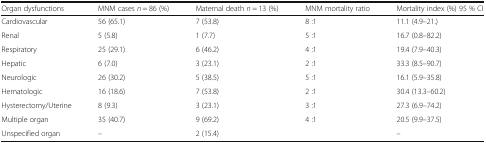
| Organ dysfunctions | MNM cases n = 86 (%) | Maternal death n = 13 (%) | MNM mortality ratio | Mortality index (%) 95 % CI |
 | --- | --- | --- | --- | --- |
 | Cardiovascular | 56 (65.1) | 7 (53.8) | 8 :1 | 11.1 (4.9–21.) |
 | Renal | 5 (5.8) | 1 (7.7) | 5 :1 | 16.7 (0.8–82.2) |
 | Respiratory | 25 (29.1) | 6 (46.2) | 4 :1 | 19.4 (7.9–40.3) |
 | Hepatic | 6 (7.0) | 3 (23.1) | 2 :1 | 33.3 (8.5–90.7) |
 | Neurologic | 26 (30.2) | 5 (38.5) | 5 :1 | 16.1 (5.9–35.8) |
 | Hematologic | 16 (18.6) | 7 (53.8) | 2 :1 | 30.4 (13.3–60.2) |
 | Hysterectomy/Uterine | 8 (9.3) | 3 (23.1) | 3 :1 | 27.3 (6.9–74.2) |
 | Multiple organ | 35 (40.7) | 9 (69.2) | 4 :1 | 20.5 (9.9–37.5) |
 | Unspecified organ | – | 2 (15.4) |  | – |